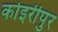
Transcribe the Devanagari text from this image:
कोइरीपुर